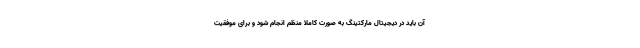
آن باید در دیجیتال مارکتینگ به صورت کاملا منظم انجام شود و برای موفقیت